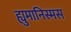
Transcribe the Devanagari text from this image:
ह्युमानिस्मस